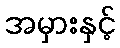
အမှားနှင့်